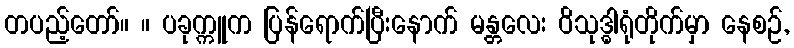
တပည့်တော်။ ။ ပခုက္ကူက ပြန်ရောက်ပြီးနောက် မန္တလေး ဝိသုဒ္ဓါရုံတိုက်မှာ နေစဉ်,